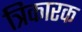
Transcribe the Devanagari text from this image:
त्रिकारक